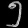
Digit: ၅